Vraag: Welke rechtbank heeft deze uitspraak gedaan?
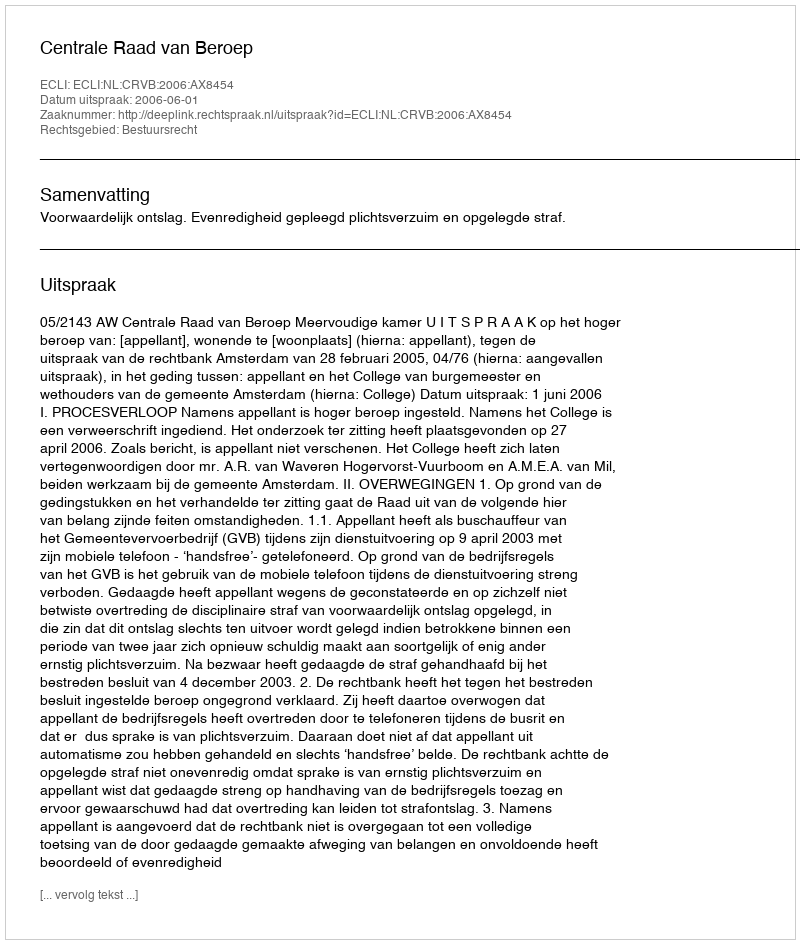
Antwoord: Centrale Raad van Beroep